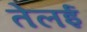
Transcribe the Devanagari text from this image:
तेलई